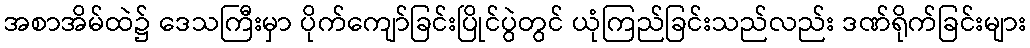
အစာအိမ်ထဲ၌ ဒေသကြီးမှာ ပိုက်ကျော်ခြင်းပြိုင်ပွဲတွင် ယုံကြည်ခြင်းသည်လည်း ဒဏ်ရိုက်ခြင်းများ